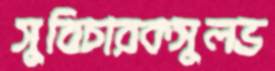
সুবিচারকসুলভ